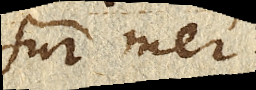
sur mer.